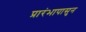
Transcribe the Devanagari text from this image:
प्रारंभापासुन